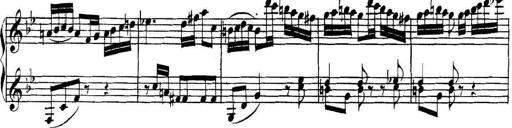
Title: Collected Piano Sonatas
Composer: Muzio Clementi